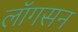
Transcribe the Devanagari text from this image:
लॉगसन